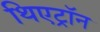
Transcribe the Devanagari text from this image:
थिएट्रॉन